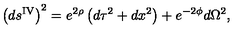
\left( d s ^ { \mathrm { I V } } \right) ^ { 2 } = e ^ { 2 \rho } \left( d \tau ^ { 2 } + d x ^ { 2 } \right) + e ^ { - 2 \phi } d \Omega ^ { 2 } ,